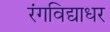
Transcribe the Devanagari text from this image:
रंगविद्याधर